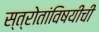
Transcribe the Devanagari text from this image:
स्त्रोतांविषयीची